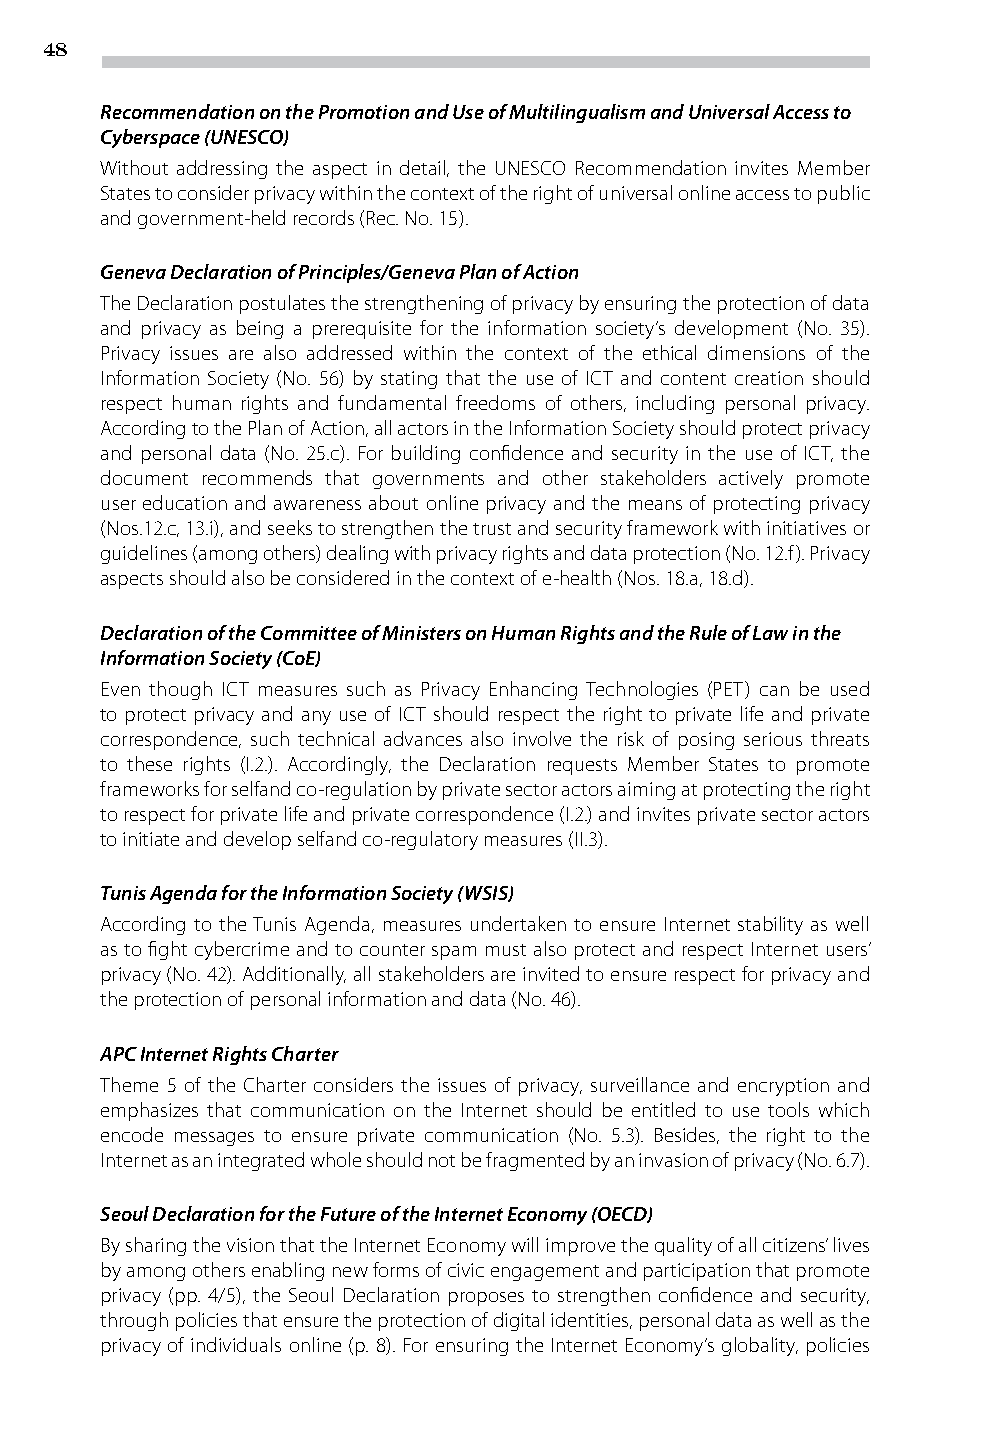
48
 Recommendation on the Promotion and Use of Multilingualism and Universal Access to
 Cyberspace (UNESCO)
 Without addressing the aspect in detail, the UNESCO Recommendation invites Member
 States to consider privacy within the context of the right of universal online access to public
 and government-held records (Rec. No. 15).
 Geneva Declaration of Principles/Geneva Plan of Action
 The Declaration postulates the strengthening of privacy by ensuring the protection of data
 and privacy as being a prerequisite for the information society’s development (No. 35).
 Privacy issues are also addressed within the context of the ethical dimensions of the
 Information Society (No. 56) by stating that the use of ICT and content creation should
 respect human rights and fundamental freedoms of others, including personal privacy.
 According to the Plan of Action, all actors in the Information Society should protect privacy
 and personal data (No. 25.c). For building confidence and security in the use of ICT, the
 document recommends that governments and other stakeholders actively promote
 user education and awareness about online privacy and the means of protecting privacy
 (Nos.12.c, 13.i), and seeks to strengthen the trust and security framework with initiatives or
 guidelines (among others) dealing with privacy rights and data protection (No. 12.f). Privacy
 aspects should also be considered in the context of e-health (Nos. 18.a, 18.d).
 Declaration of the Committee of Ministers on Human Rights and the Rule of Law in the
 Information Society (CoE)
 Even though ICT measures such as Privacy Enhancing Technologies (PET) can be used
 to protect privacy and any use of ICT should respect the right to private life and private
 correspondence, such technical advances also involve the risk of posing serious threats
 to these rights (I.2.). Accordingly, the Declaration requests Member States to promote
 frameworks for selfand co-regulation by private sector actors aiming at protecting the right
 to respect for private life and private correspondence (I.2.) and invites private sector actors
 to initiate and develop selfand co-regulatory measures (II.3).
 Tunis Agenda for the Information Society (WSIS)
 According to the Tunis Agenda, measures undertaken to ensure Internet stability as well
 as to fight cybercrime and to counter spam must also protect and respect Internet users’
 privacy (No. 42). Additionally, all stakeholders are invited to ensure respect for privacy and
 the protection of personal information and data (No. 46).
 APC Internet Rights Charter
 Theme 5 of the Charter considers the issues of privacy, surveillance and encryption and
 emphasizes that communication on the Internet should be entitled to use tools which
 encode messages to ensure private communication (No. 5.3). Besides, the right to the
 Internet as an integrated whole should not be fragmented by an invasion of privacy (No. 6.7).
 Seoul Declaration for the Future of the Internet Economy (OECD)
 By sharing the vision that the Internet Economy will improve the quality of all citizens’ lives
 by among others enabling new forms of civic engagement and participation that promote
 privacy (pp. 4/5), the Seoul Declaration proposes to strengthen confidence and security,
 through policies that ensure the protection of digital identities, personal data as well as the
 privacy of individuals online (p. 8). For ensuring the Internet Economy’s globality, policies